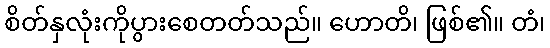
စိတ်နှလုံးကိုပွားစေတတ်သည်။ ဟောတိ၊ ဖြစ်၏။ တံ၊